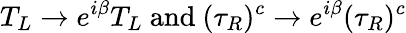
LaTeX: T_{L}\to e^{i\beta}T_{L}{\mathrm{~and~}}(\tau_{R})^{c}\to e^{i\beta}(\tau_{R})^{c}